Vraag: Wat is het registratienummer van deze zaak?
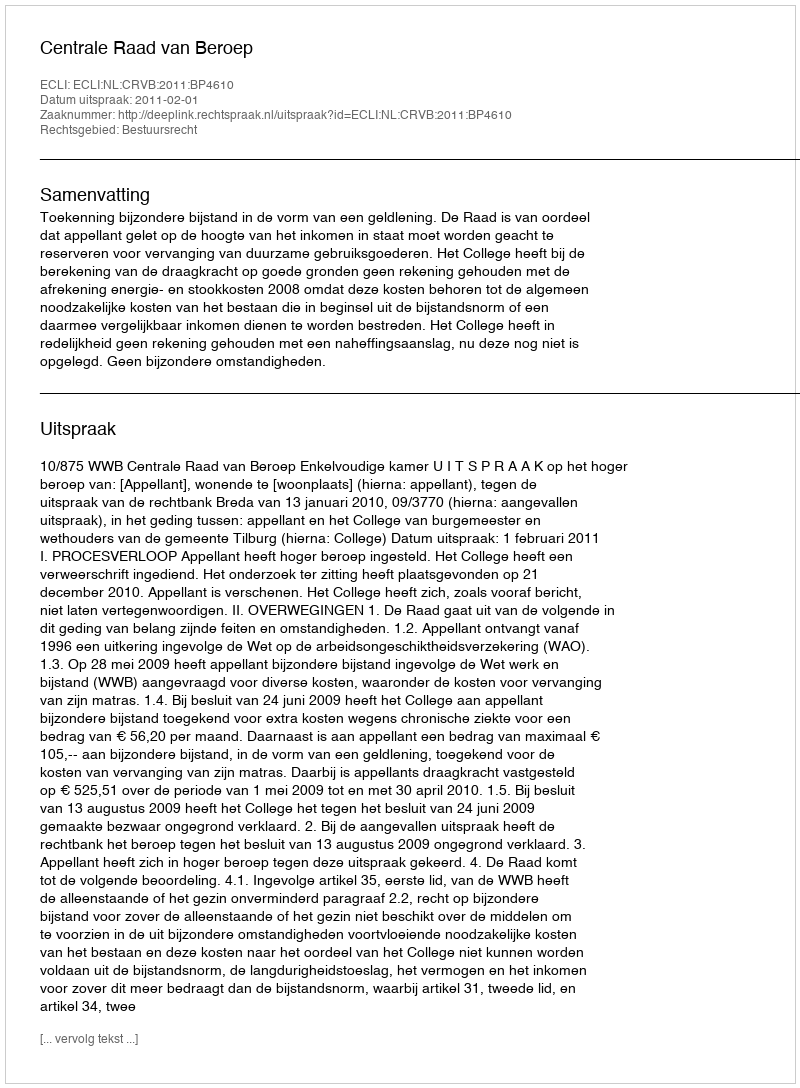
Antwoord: http://deeplink.rechtspraak.nl/uitspraak?id=ECLI:NL:CRVB:2011:BP4610